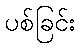
ပစ်ခြင်း